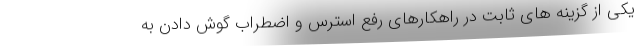
یکی از گزینه های ثابت در راهکارهای رفع استرس و اضطراب گوش دادن به